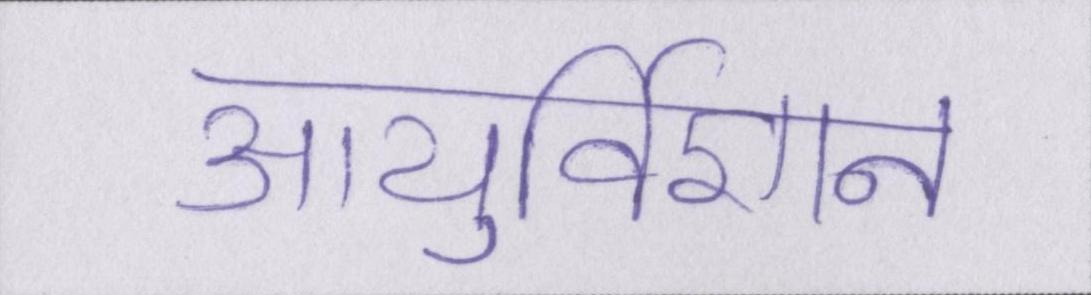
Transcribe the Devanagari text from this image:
आयुर्विज्ञान